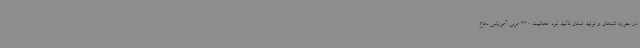
در حوزه اشتغال و تولید استان تأکید کرد. فعالیت 320 مربی آموزشی دفاع